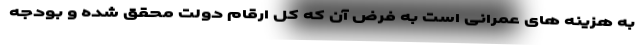
به هزینه های عمرانی است به فرض آن که کل ارقام دولت محقق شده و بودجه